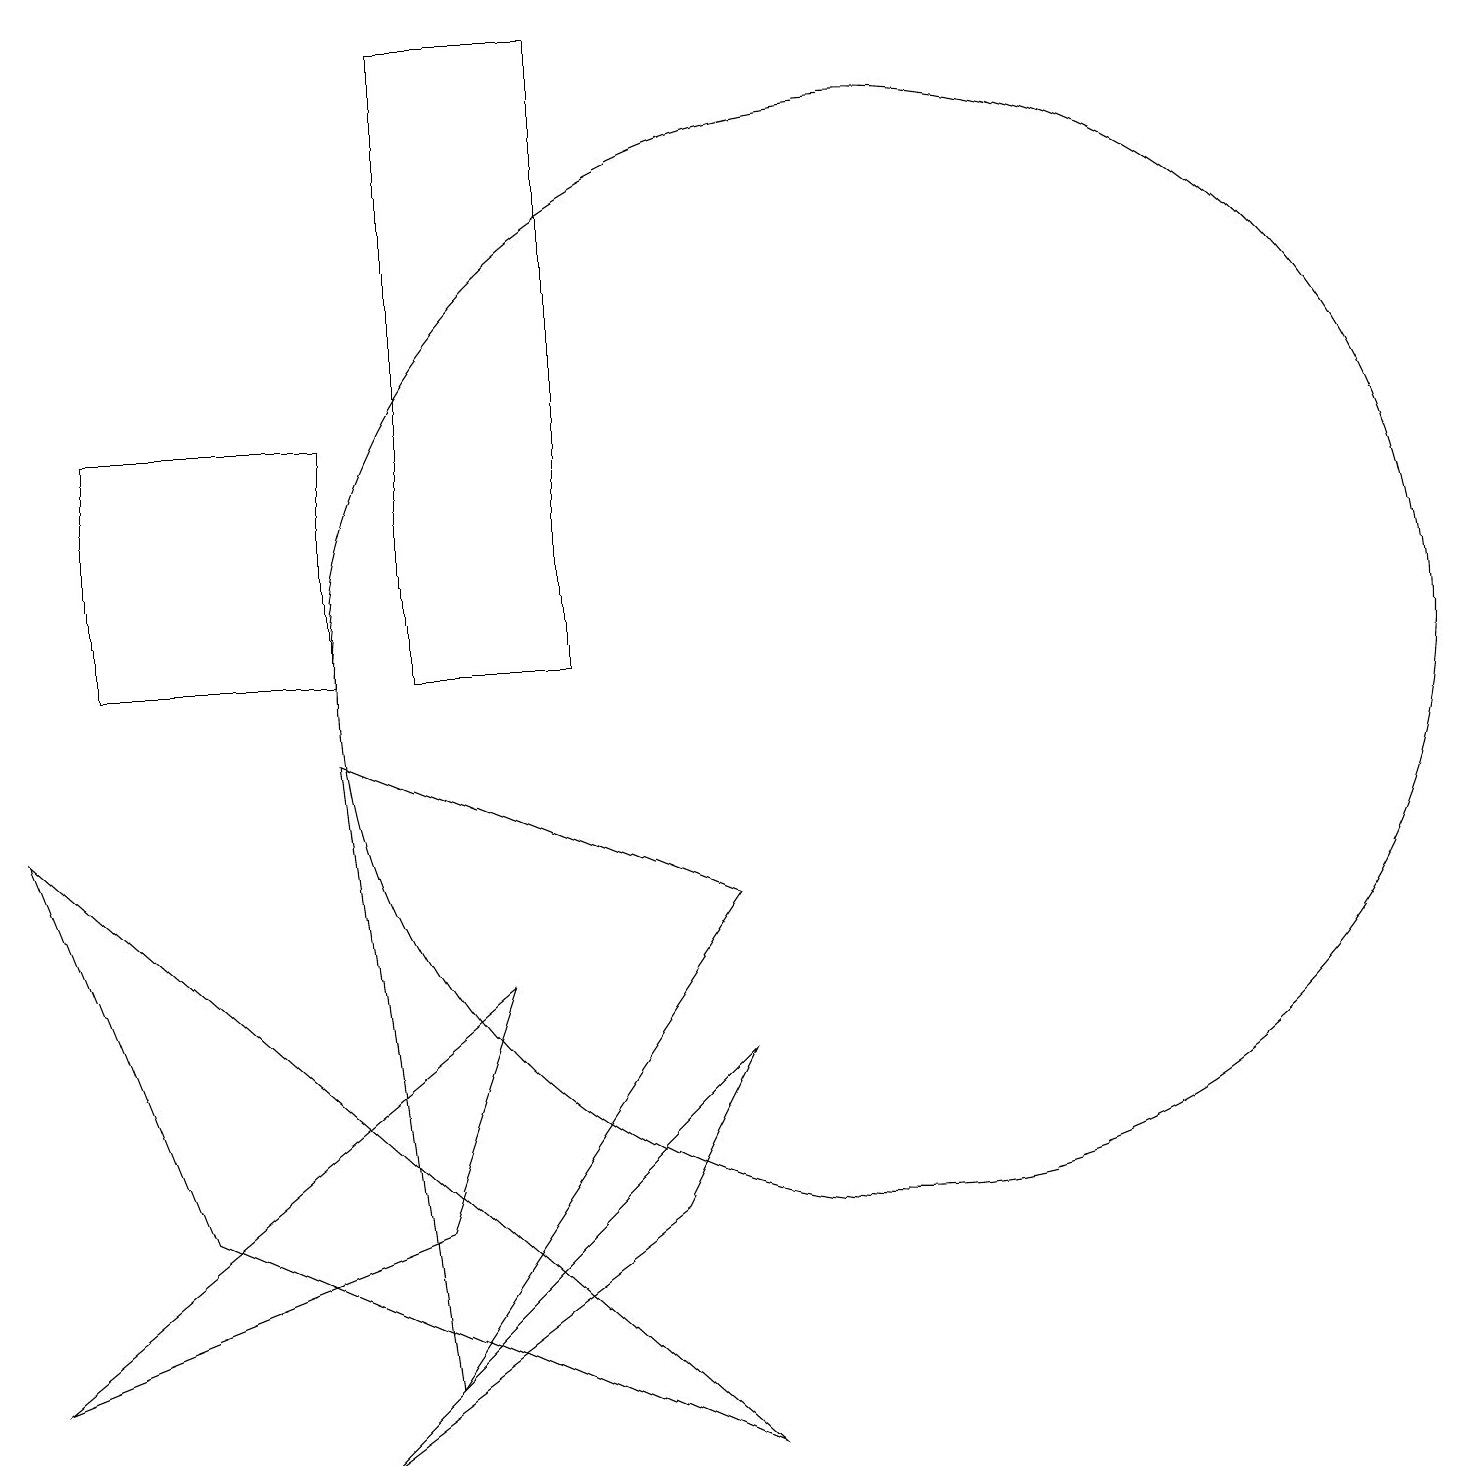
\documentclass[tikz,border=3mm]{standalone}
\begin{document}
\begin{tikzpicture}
\draw (4,9) -- (5,1) -- (9,7) -- cycle;
\draw (1,10) rectangle (4,13);
\draw (4,0) -- (9,5) -- (8,3) -- cycle;
\draw (0,1) -- (6,6) -- (5,3) -- cycle;
\draw (5,18) rectangle (7,10);
\draw (9,0) -- (2,3) -- (0,8) -- cycle;
\draw (11,10) circle (7);
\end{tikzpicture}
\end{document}